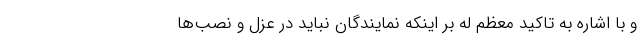
و با اشاره به تاکید معظم له بر اینکه نمایندگان نباید در عزل و نصب‌ها